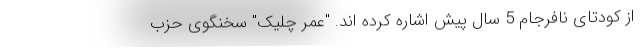
از کودتای نافرجام 5 سال پیش اشاره کرده اند. "عمر چلیک" سخنگوی حزب